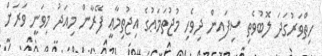
ހިތްވަރުގަދަ ލޮބުވެތި ސިފައިން ދިވެހި މުޖުތަމަޢުގެ އިޖުތިމާޢީ ފޭރާން މިއަދު މިވަނީ ވަރަށް